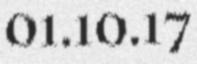
01.10.17